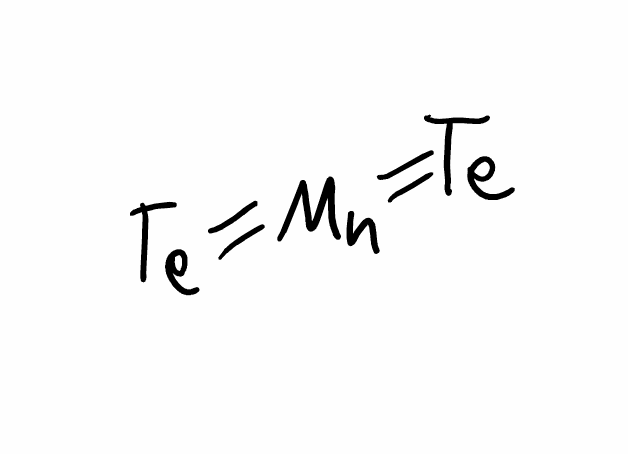
Simplified molecular-input line-entry system (SMILES) notation of the given molecule:
[Mn](=[Te])=[Te]